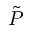
\tilde { P }